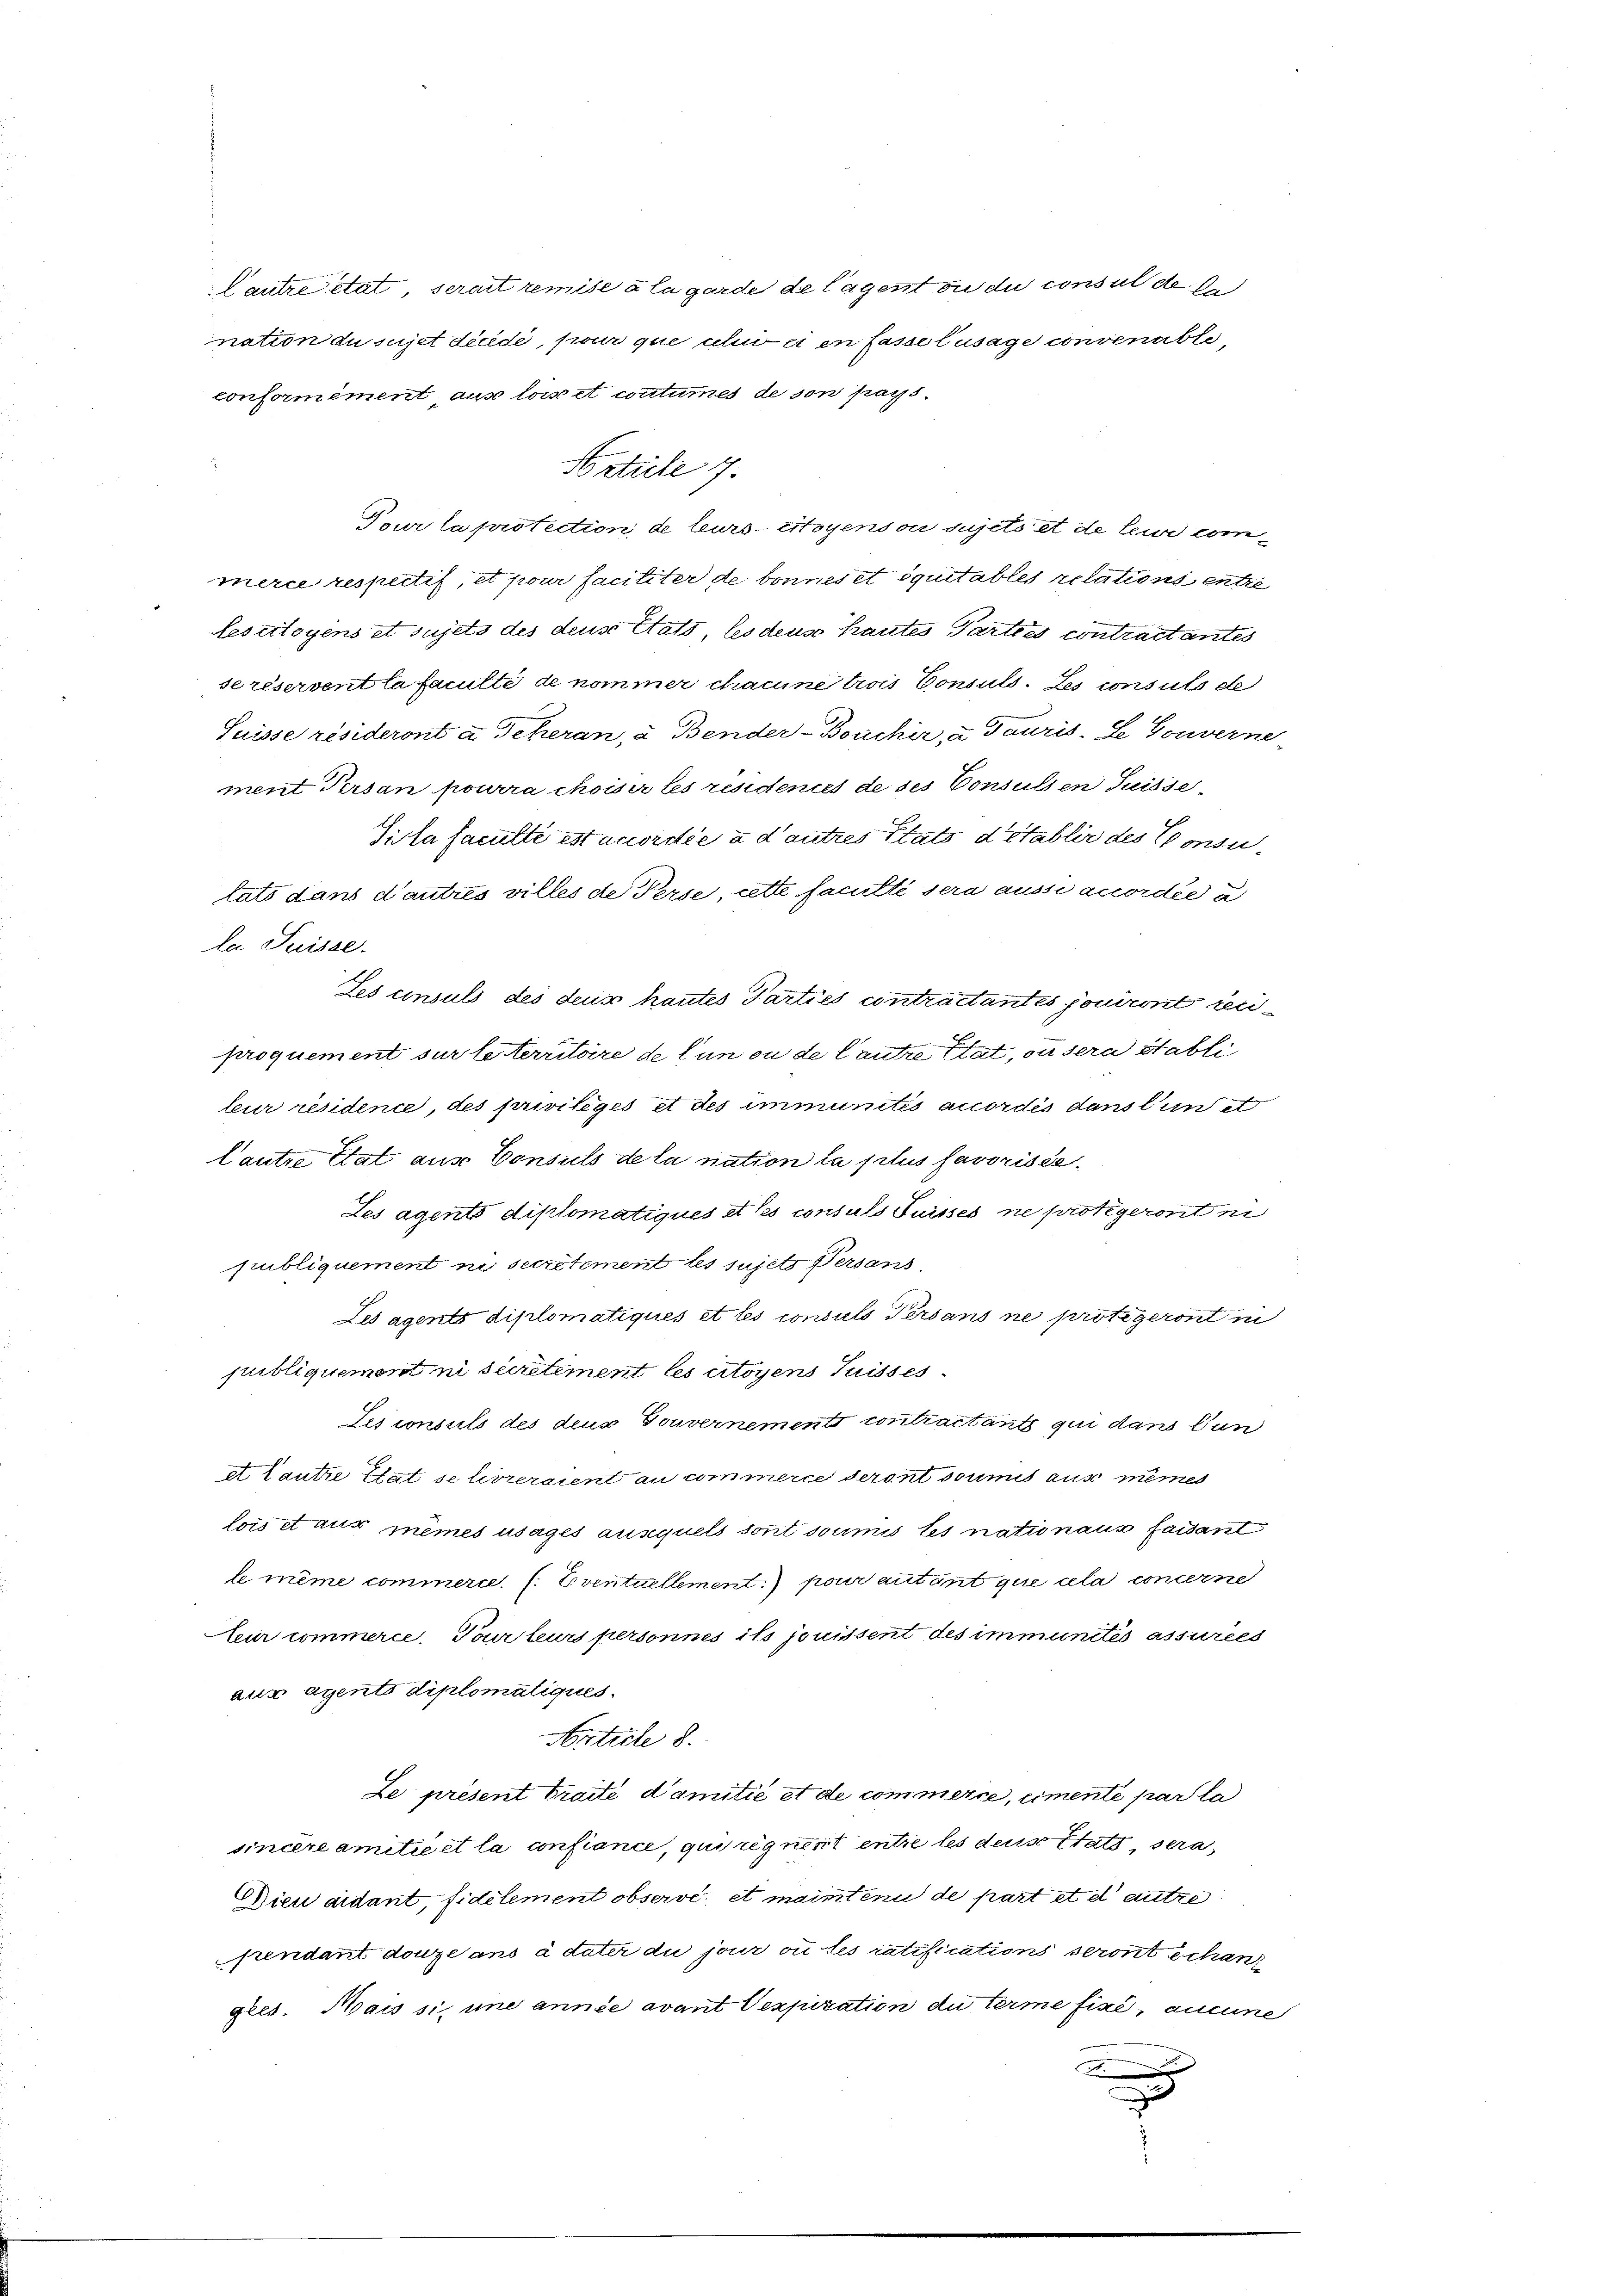
Lautre stat, serait remise à la garde de lagent ou du consul de de
nation du sujet décidé, pour que chi ei en fasse Zusage convenable,
conformément, aus lois et coutumes de son pays.
Tour la protection de leurs citoyens ou sujets et de leur commerce respectis, et pour faciliter de bonnes et quitables relations entze
lescitoyens et sujets des deus Etats, les deus hautes Parties contractantes
seréservent la faculté de nommer chacune trois Consuls. Les consuls de
Suisse résideront a Scheran, à Bender-Bouchir, u. Tauris-Le Gouverne-
ment Person pourra choisir les residentes de ses Consulsen Suisse
Sita faculté est accordée a d’autres Etats d’établir des Consutats dans d’autres villes de Perse, cette faculté sera aussi accordée u
la Puisse.
Les consuls des deus hautes Parties contractantes jouiront reciproquement sur le territoire de lun ou de laute Etat, ou sera Stabli
leur résidence, des privilèges et des immunités accordés dans tun st
Cautre état aus Consuls de la nation la plus favorisés
Les agents diplomatiques & des consuls Puisses ne protegeront ni
publiquement ni secrétement les sujets Versans
Lesagents diplomatiques et les consuls Versans ne protegeront in
publiquement ni secretiment les citoyens Suisses
Sesconsuls des deus Gouvernements contractants qui dans Dun
et lautre That se livreraient au commerce seront soumis aus mêmes
lois et aus mêmes usages ausquels sont soumis les nationaus faisant
le même commerce. (. Eventuellement pour autant que la concerne
Cur commerce. Tour leurs personnes ist jouissent des immunités assurées
aus agento diplomatiques.
Article 8.
Le présent traite damitié et de commerce, eimente par la
sincère amitiret la confiance, qui regnerit entre les deus Statt sera
Wien aidant, fidélement observe et maintenu de part et d autre
pendant douze ans à dater du jour où les ratifications seront échan
gles. Mais si, une année avant Vexpiration du terme fine, aucune
.

Article 7.

u